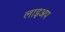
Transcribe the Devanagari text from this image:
लाइअप